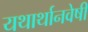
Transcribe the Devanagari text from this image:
यथार्थानवेषी